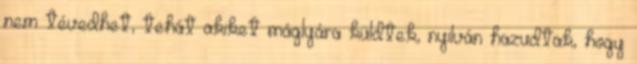
nem tévedhet, tehát akiket máglyára küldtek, nyilván hazudtak, hogy